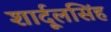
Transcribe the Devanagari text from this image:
शार्दूलसिंह